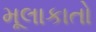
મૂલાકાતો